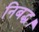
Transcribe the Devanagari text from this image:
निबद्ध।